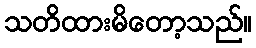
သတိထားမိတော့သည်။